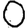
Digit: 0